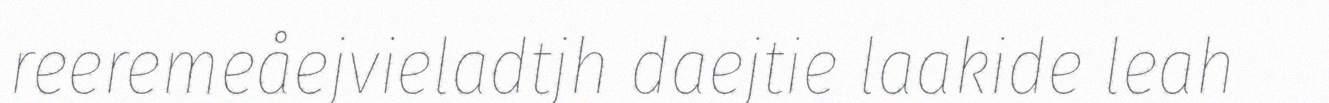
reeremeåejvieladtjh daejtie laakide leah